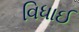
વિધાઈ